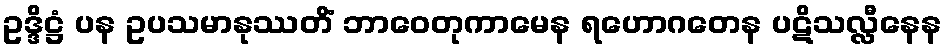
ဥဒ္ဒိဋ္ဌံ ပန ဥပသမာနုဿတိံ ဘာဝေတုကာမေန ရဟောဂတေန ပဋိသလ္လီနေန